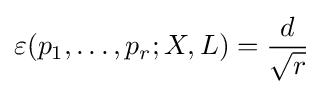
\varepsilon (p_{1},\ldots ,p_{r};X,L)={d \over {\sqrt {r}}}